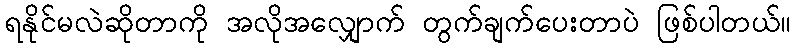
ရနိုင်မလဲဆိုတာကို အလိုအလျှောက် တွက်ချက်ပေးတာပဲ ဖြစ်ပါတယ်။